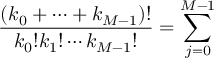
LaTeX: \frac { ( k _ { 0 } + \cdots + k _ { M - 1 } ) ! } { k _ { 0 } ! k _ { 1 } ! \cdots k _ { M - 1 } ! } = \sum _ { j = 0 } ^ { M - 1 }